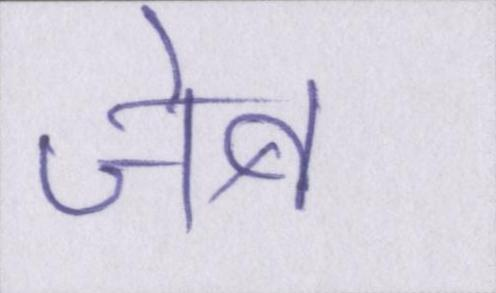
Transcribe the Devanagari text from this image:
जेब